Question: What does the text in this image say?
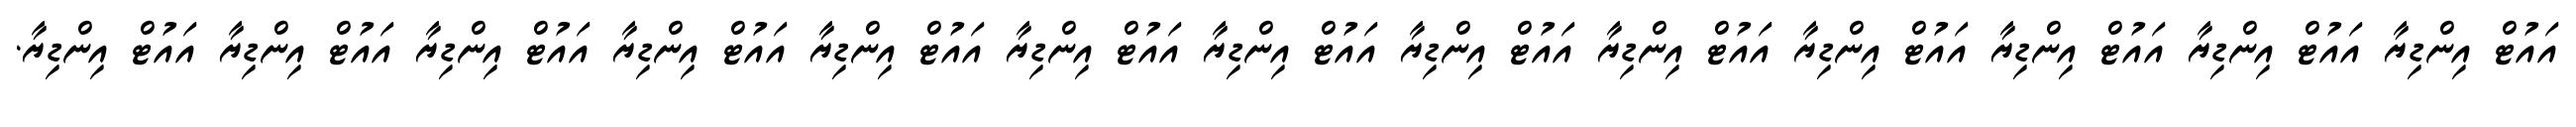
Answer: އައުޓް އިންޑިޔާ އައުޓް އިންޑިޔާ އައުޓް އިންޑިޔާ އައުޓް އިންޑިޔާ އައުޓް އިންޑިޔާ އައުޓް އިންޑިޔާ އައުޓް އިންޑިޔާ އައުޓް އިންޑިޔާ އައުޓް އިންޑިޔާ އައުޓް އިންޑިޔާ އައުޓް އިންޑިޔާ އައުޓް އިންޑިޔާ އައުޓް އިންޑިޔާ.